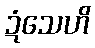
ဍံသေဟိ